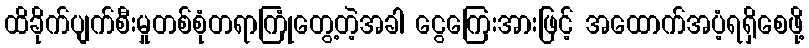
ထိခိုက်ပျက်စီးမှုတစ်စုံတရာကြုံတွေ့တဲ့အခါ ငွေကြေးအားဖြင့် အထောက်အပံ့ရရှိစေဖို့